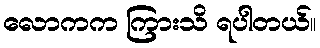
လောကက ကြားသိ ရပါတယ်။